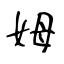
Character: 姆